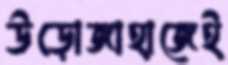
উড়োজাহাজেই